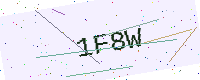
Text: 1F8W